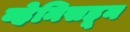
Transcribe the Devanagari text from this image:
व्हेनिसहून